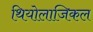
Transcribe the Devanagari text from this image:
थियोलाजिकल